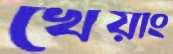
খেয়াং